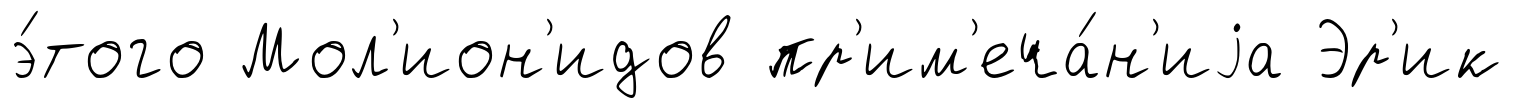
э́того Мол'ион'идов пр'им'еча́н'иjа Эр'ик